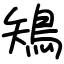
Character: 鴙